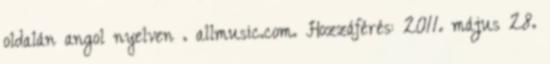
oldalán angol nyelven . allmusic.com. Hozzáférés: 2011. május 28.